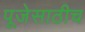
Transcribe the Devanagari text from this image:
पूजेसाठीच